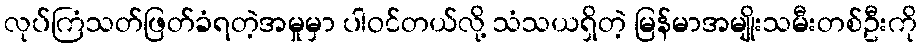
လုပ်ကြံသတ်ဖြတ်ခံရတဲ့အမှုမှာ ပါဝင်တယ်လို့ သံသယရှိတဲ့ မြန်မာအမျိုးသမီးတစ်ဦးကို